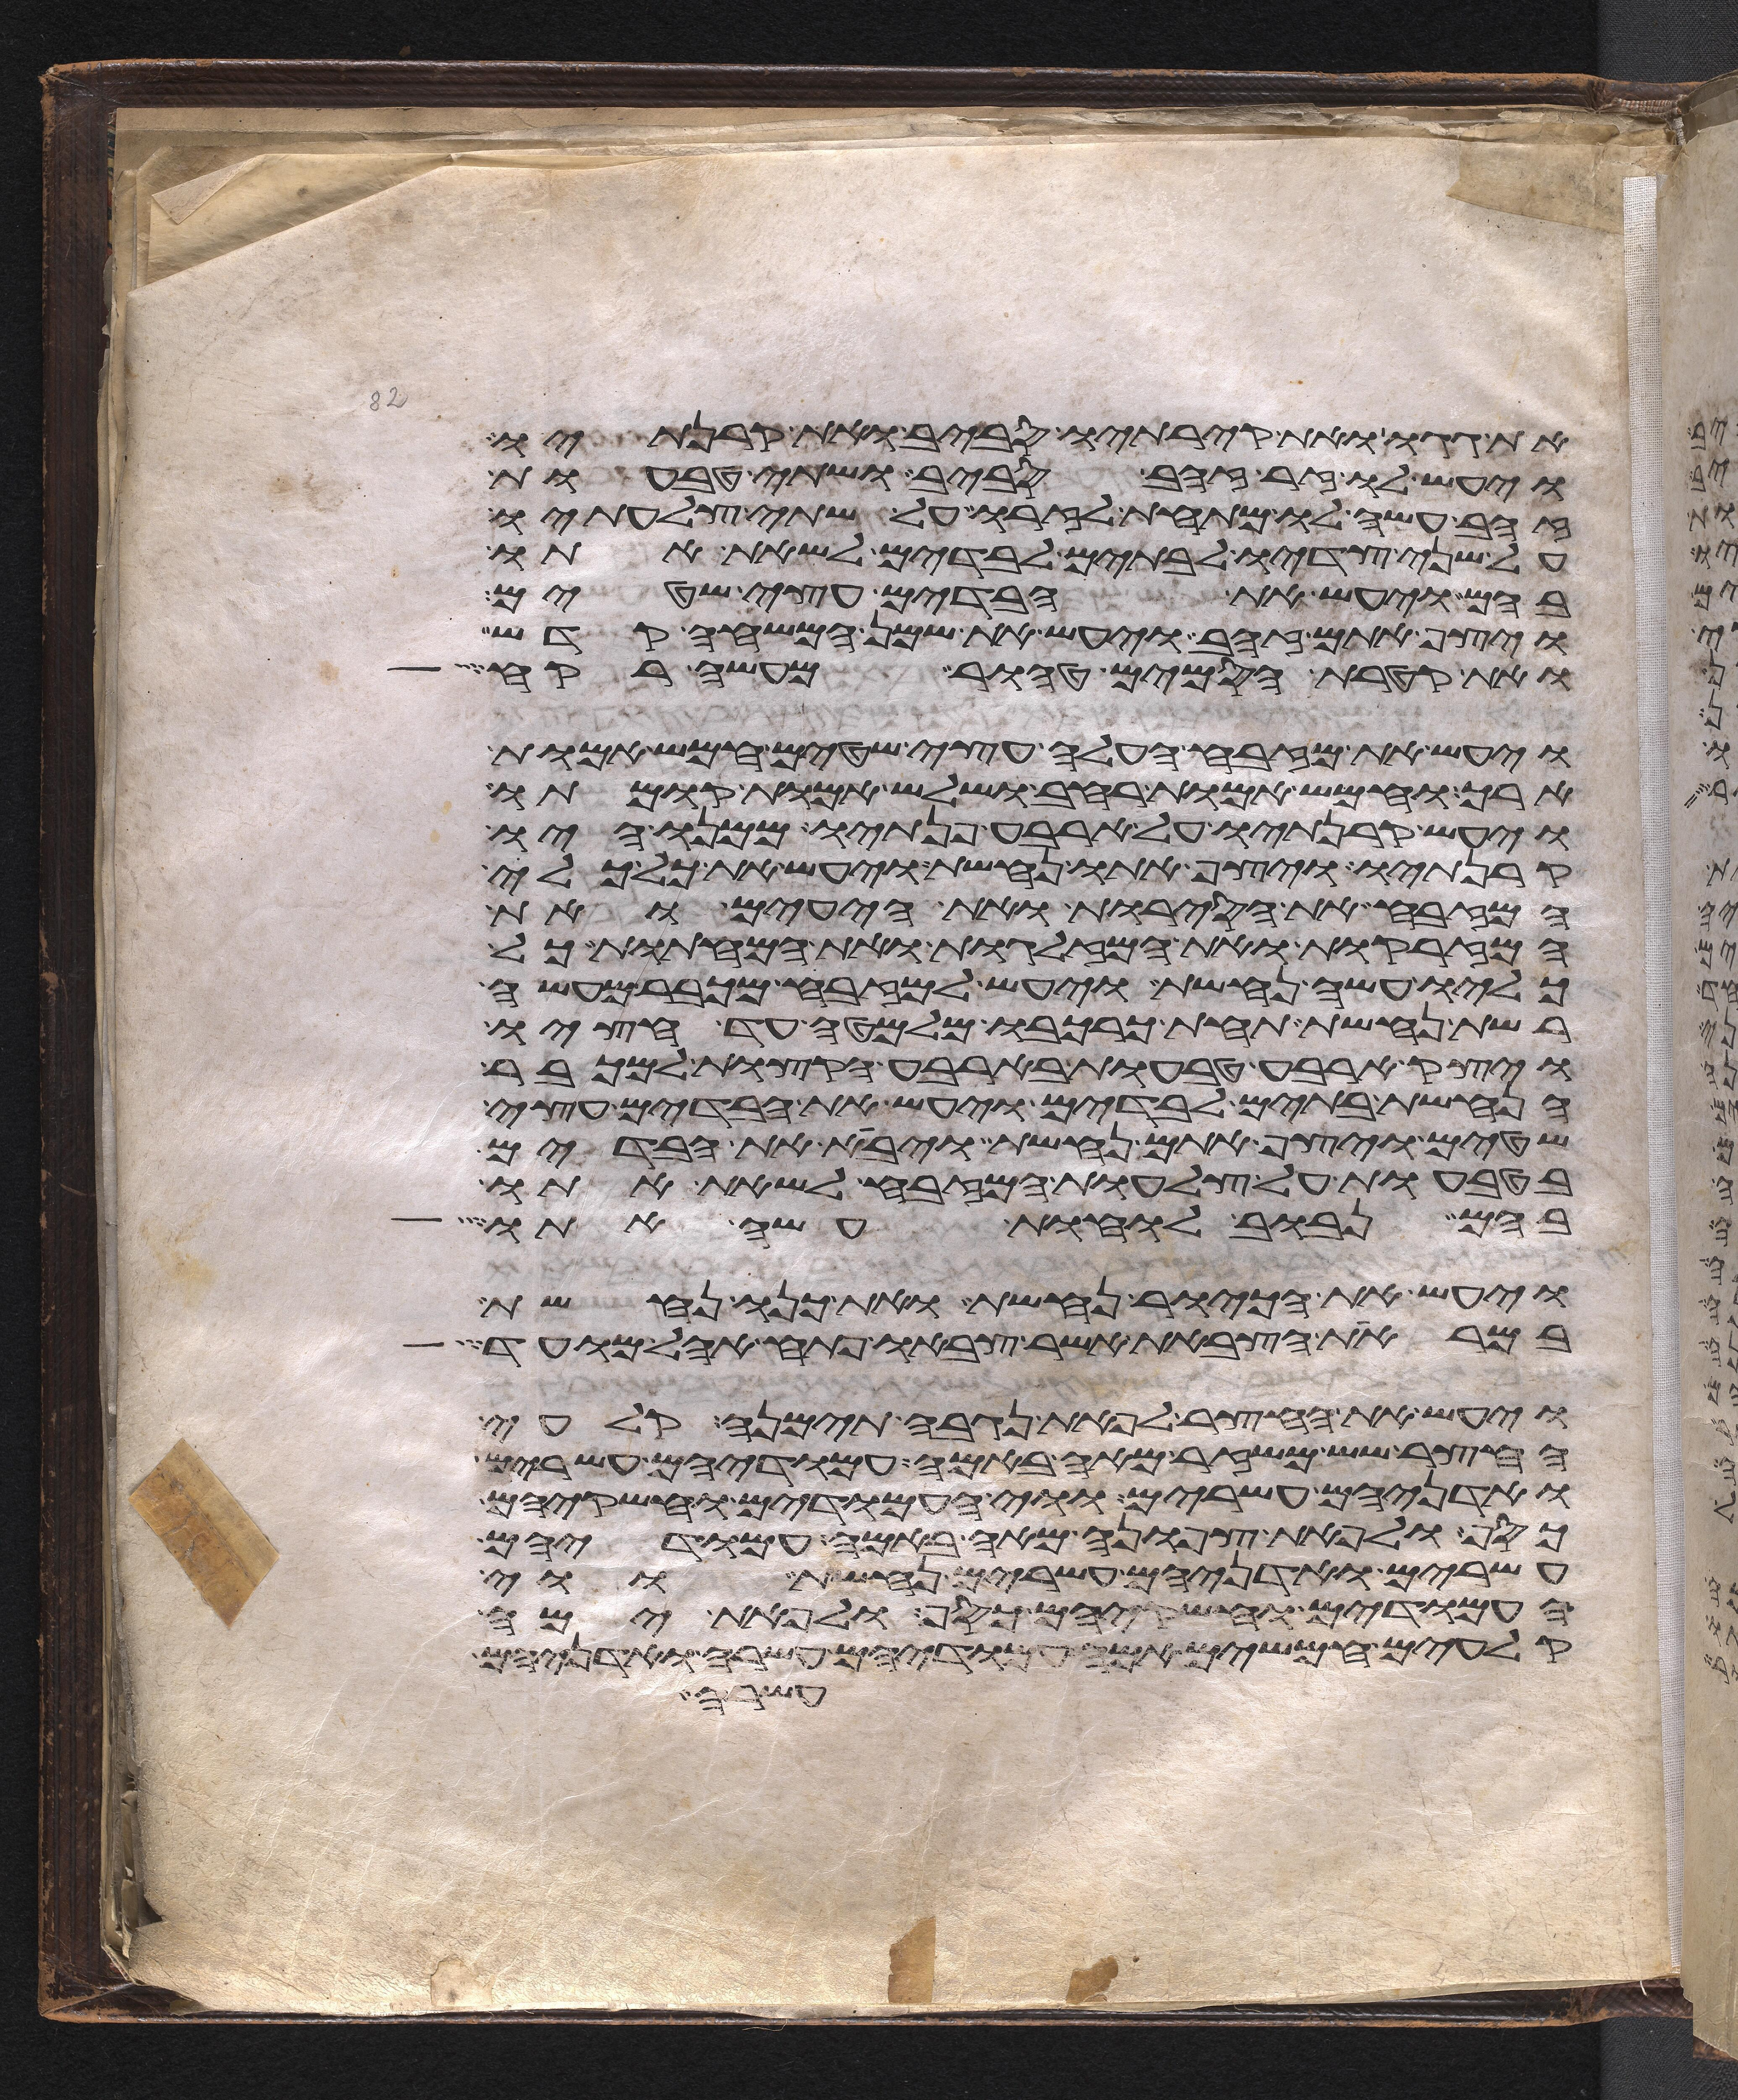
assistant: את גגו ואת קירתיו סביב ואת קרנתיו
ויעש לו זר זהב סביב ושתי טבעות
זהב עשה לו מתחת לזרו על שתי צלעתיו
על שני צדיו לבתים לבדים לשאת אתו
בהם ויעש את הבדים עצי שטים
ויצף אתם זהב ויעש את שמן המשחה קדש
ואת קטרת הסמים טהור מעשה רקח
ויעש את מזבח העלה עצי שטים חמש אמות
ארך וחמש אמות רחב ושלש אמות קומתו
ויעש קרנתיו על ארבע פנתיו ממנו היו
קרנתיו ויצף אתו נחשת ויעש את כל כלי
המזבח את הסירות ואת היעים ואת
המזרקות ואת המזלגות ואת המחתות כל
כליו עשה נחשת ויעש למזבח מכבר מעשה
רשת נחשת תחת כרכבו מלמטה עד חציו
ויצק ארבע טבעות בארבע הקצות למכבר
הנחשת בתים לבדים ויעש את הבדים עצי
שטים ויצף אתם נחשת ויבא את הבדים
בטבעות על צלעות המזבח לשאת אתו
בהם נבוב לוחת עשה אתו
ויעש את הכיור נחשת ואת כנו נחשת
במראות הצבאות אשר צבאו פתח אהל מועד
ויעש את החצר לפאת נגבה תימנה קלעי
החצר שש משזר מאה באמה ועמודיו עשרים
ואדניהם עשרים ווי העמודים וחשקיהם
כסף ולפאת צפונה מאה באמה עמודיהם
עשרים ואדניהם עשרים נחשת ווי
העמודים וחשקיהם כסף ולפאת ימה
קלעים חמשים אמה עמודיהם עשרה ואדניהם
עשרה